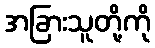
အခြားသူတို့ကို